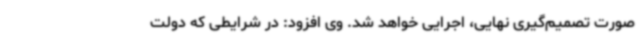
صورت تصمیم‌گیری نهایی، اجرایی خواهد شد. وی افزود: در شرایطی که دولت